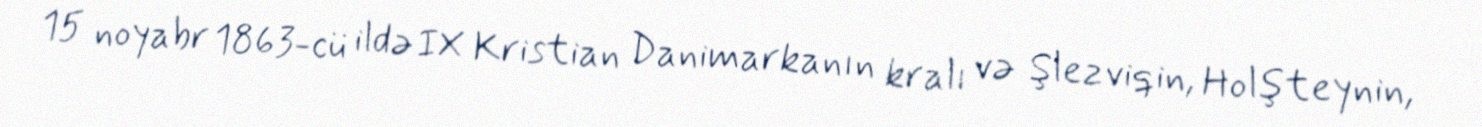
15 noyabr 1863-cü ildə IX Kristian Danimarkanın kralı və Şlezviqin, Holşteynin,